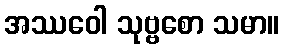
အဿဝေါ သုဗ္ဗစော သမာ။